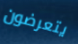
يتعرضون